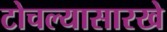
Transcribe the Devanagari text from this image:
टोचल्यासारखे